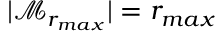
\vert \mathcal { M } _ { r _ { m a x } } \vert = r _ { m a x }